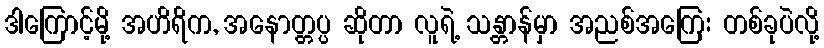
ဒါကြောင့်မို့ အဟိရိက, အနောတ္တပ္ပ ဆိုတာ လူရဲ့ သန္တာန်မှာ အညစ်အကြေး တစ်ခုပဲလို့